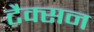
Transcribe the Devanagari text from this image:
टैक्सन